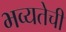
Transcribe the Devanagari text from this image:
भव्यतेची